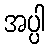
အပ္ပါ